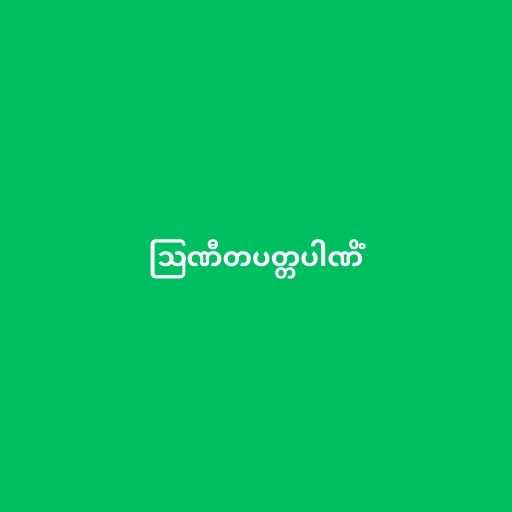
ဩဏီတပတ္တပါဏိံ